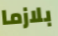
بلازما